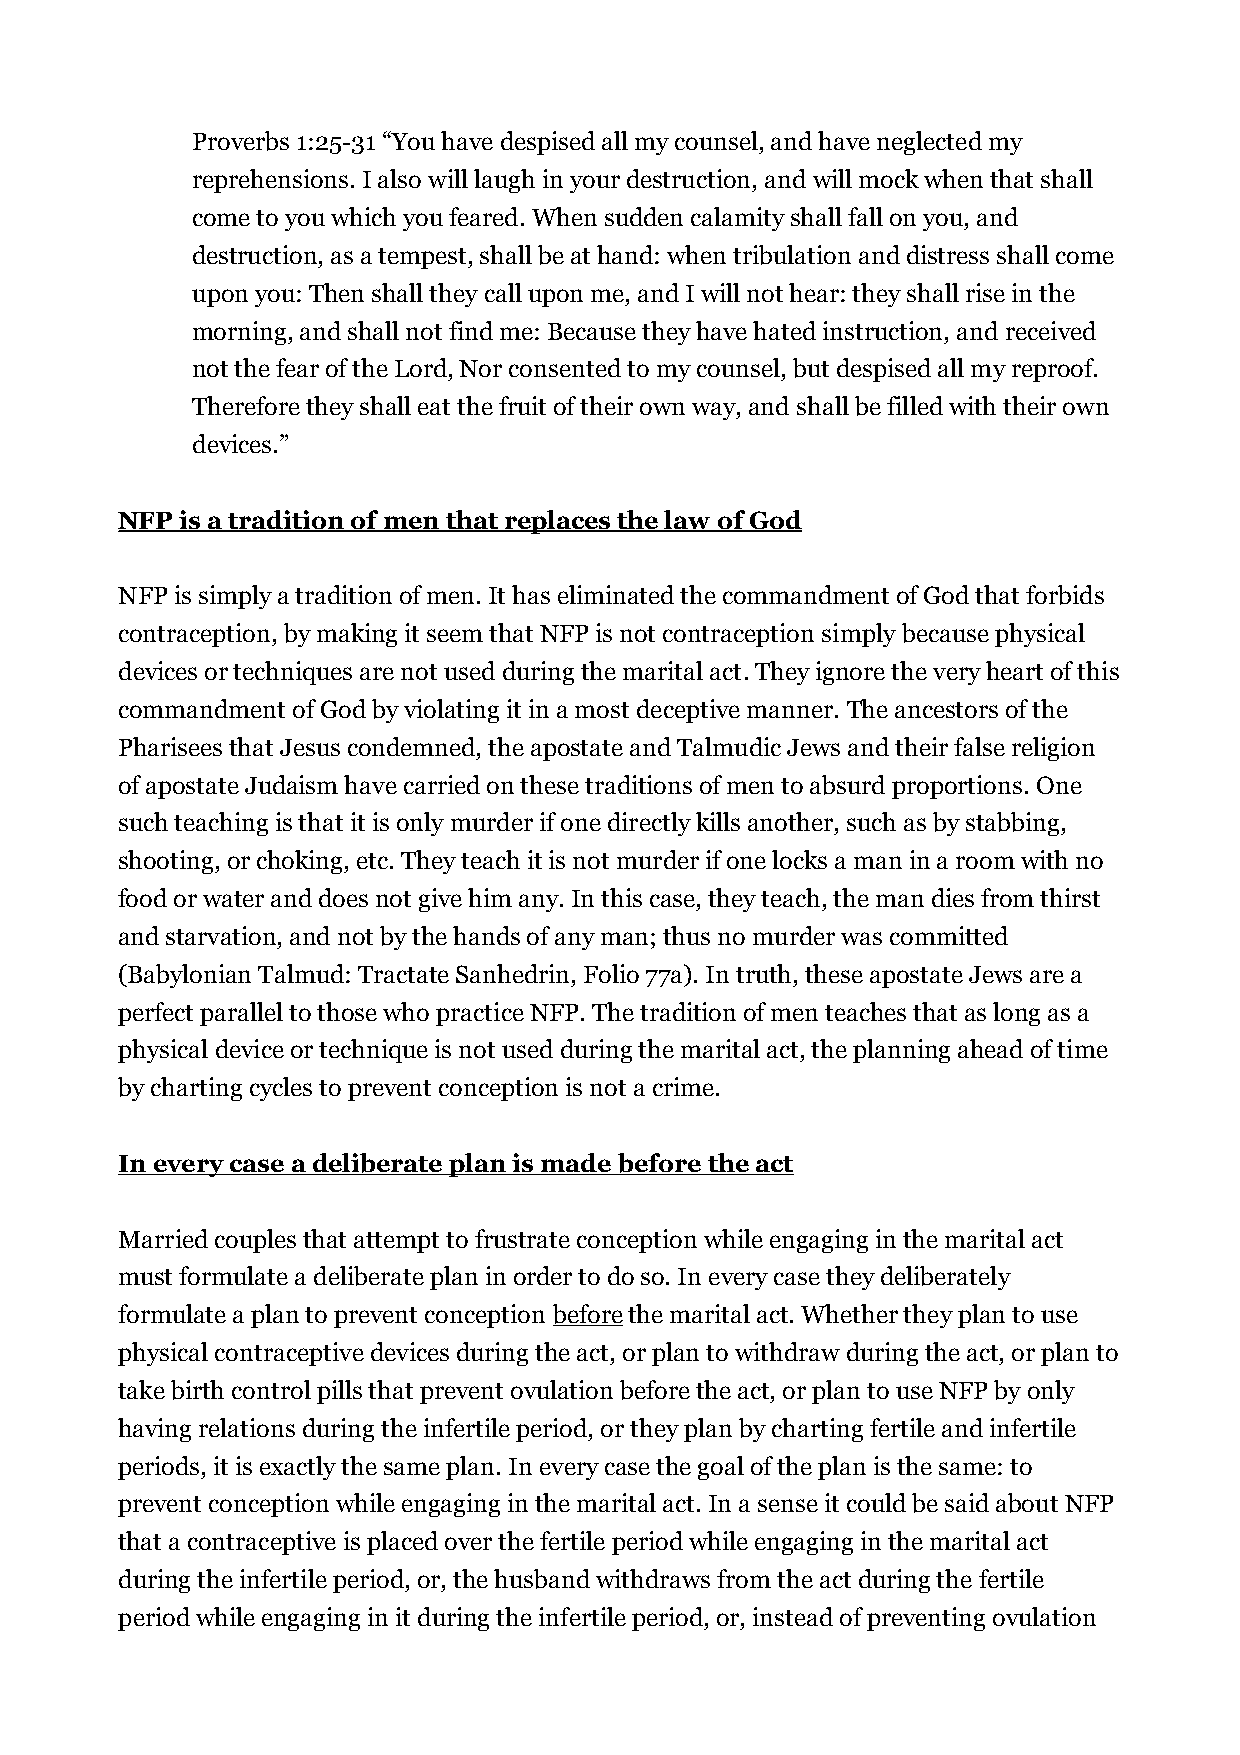
Proverbs 1:25-31 “You have despised all my counsel, and have neglected my
 reprehensions. I also will laugh in your destruction, and will mock when that shall
 come to you which you feared. When sudden calamity shall fall on you, and
 destruction, as a tempest, shall be at hand: when tribulation and distress shall come
 upon you: Then shall they call upon me, and I will not hear: they shall rise in the
 morning, and shall not find me: Because they have hated instruction, and received
 not the fear of the Lord, Nor consented to my counsel, but despised all my reproof.
 Therefore they shall eat the fruit of their own way, and shall be filled with their own
 devices.”
 NFP is a tradition of men that replaces the law of God
 NFP is simply a tradition of men. It has eliminated the commandment of God that forbids
 contraception, by making it seem that NFP is not contraception simply because physical
 devices or techniques are not used during the marital act. They ignore the very heart of this
 commandment of God by violating it in a most deceptive manner. The ancestors of the
 Pharisees that Jesus condemned, the apostate and Talmudic Jews and their false religion
 of apostate Judaism have carried on these traditions of men to absurd proportions. One
 such teaching is that it is only murder if one directly kills another, such as by stabbing,
 shooting, or choking, etc. They teach it is not murder if one locks a man in a room with no
 food or water and does not give him any. In this case, they teach, the man dies from thirst
 and starvation, and not by the hands of any man; thus no murder was committed
 (Babylonian Talmud: Tractate Sanhedrin, Folio 77a). In truth, these apostate Jews are a
 perfect parallel to those who practice NFP. The tradition of men teaches that as long as a
 physical device or technique is not used during the marital act, the planning ahead of time
 by charting cycles to prevent conception is not a crime.
 In every case a deliberate plan is made before the act
 Married couples that attempt to frustrate conception while engaging in the marital act
 must formulate a deliberate plan in order to do so. In every case they deliberately
 formulate a plan to prevent conception before the marital act. Whether they plan to use
 physical contraceptive devices during the act, or plan to withdraw during the act, or plan to
 take birth control pills that prevent ovulation before the act, or plan to use NFP by only
 having relations during the infertile period, or they plan by charting fertile and infertile
 periods, it is exactly the same plan. In every case the goal of the plan is the same: to
 prevent conception while engaging in the marital act. In a sense it could be said about NFP
 that a contraceptive is placed over the fertile period while engaging in the marital act
 during the infertile period, or, the husband withdraws from the act during the fertile
 period while engaging in it during the infertile period, or, instead of preventing ovulation